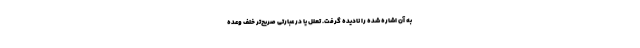
به آن اشاره شده را ناديده گرفت. تعلل يا در عبارتي صريح‌تر خلف وعده